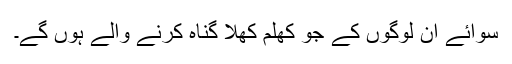
سوائے ان لوگوں کے جو کھلم کھلا گناہ کرنے والے ہوں گے۔